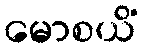
မောစယိံ